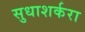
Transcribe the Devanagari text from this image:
सुधाशर्करा